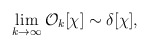
\begin{align*}\lim_{k\to\infty} {\mathcal O}_k[\chi] \sim \delta [\chi],\end{align*}